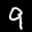
Label: 9